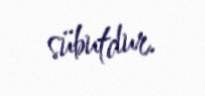
sübutdur.